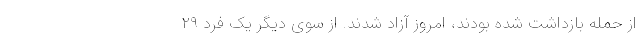
از حمله بازداشت شده بودند، امروز آزاد شدند. از سوی دیگر یک فرد ۲۹